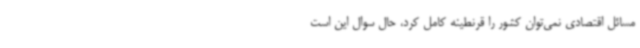
مسائل اقتصادی نمی‌توان کشور را قرنطینه کامل کرد، حال سوال این است